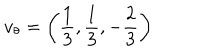
LaTeX: v _ { \theta } = \left( \frac { 1 } { 3 } , \frac { 1 } { 3 } , - \frac { 2 } { 3 } \right)